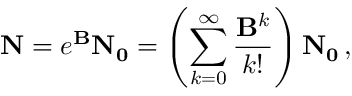
\mathbf { N } = e ^ { \mathbf { B } } \mathbf { N _ { 0 } } = \left( \sum _ { k = 0 } ^ { \infty } \frac { \mathbf { B } ^ { k } } { k ! } \right) \mathbf { N _ { 0 } } \, ,